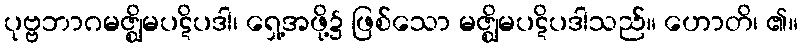
ပုဗ္ဗဘာဂမဇ္ဈိမပဋိပဒါ၊ ရှေ့အဖို့၌ ဖြစ်သော မဇ္ဈိမပဋိပဒါသည်။ ဟောတိ၊ ၏။